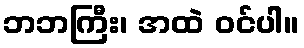
ဘဘကြီး၊ အထဲ ဝင်ပါ။